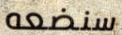
سنضعه